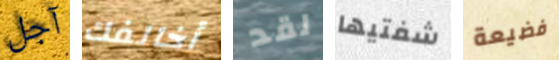
آجل أخالفك لقد شفتيها فضيعة